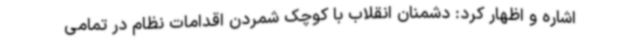
اشاره و اظهار کرد: دشمنان انقلاب با کوچک شمردن اقدامات نظام در تمامی